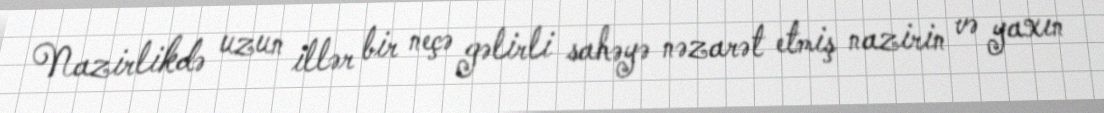
Nazirlikdə uzun illər bir neçə gəlirli sahəyə nəzarət etmiş nazirin və yaxın